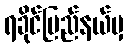
ရခိုင်ပြည်နယ်မှ